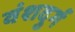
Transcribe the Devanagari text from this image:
वंशदुर्ग